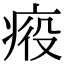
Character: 𤶣